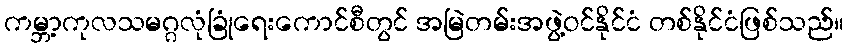
ကမ္ဘာ့ကုလသမဂ္ဂလုံခြုံရေးကောင်စီတွင် အမြဲတမ်းအဖွဲ့ဝင်နိုင်ငံ တစ်နိုင်ငံဖြစ်သည်။